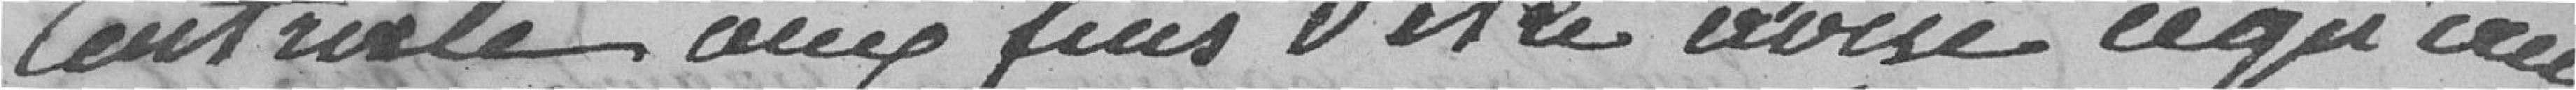
centrale aux fins d'être avisé ce qu'au